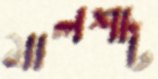
মালশাট